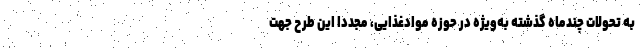
به تحولات چندماه گذشته به‌ویژه در حوزه موادغذایی، مجددا این طرح جهت